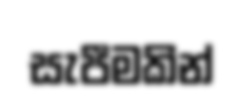
සැපීමකින්